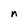
Character: n